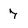
Character: 7